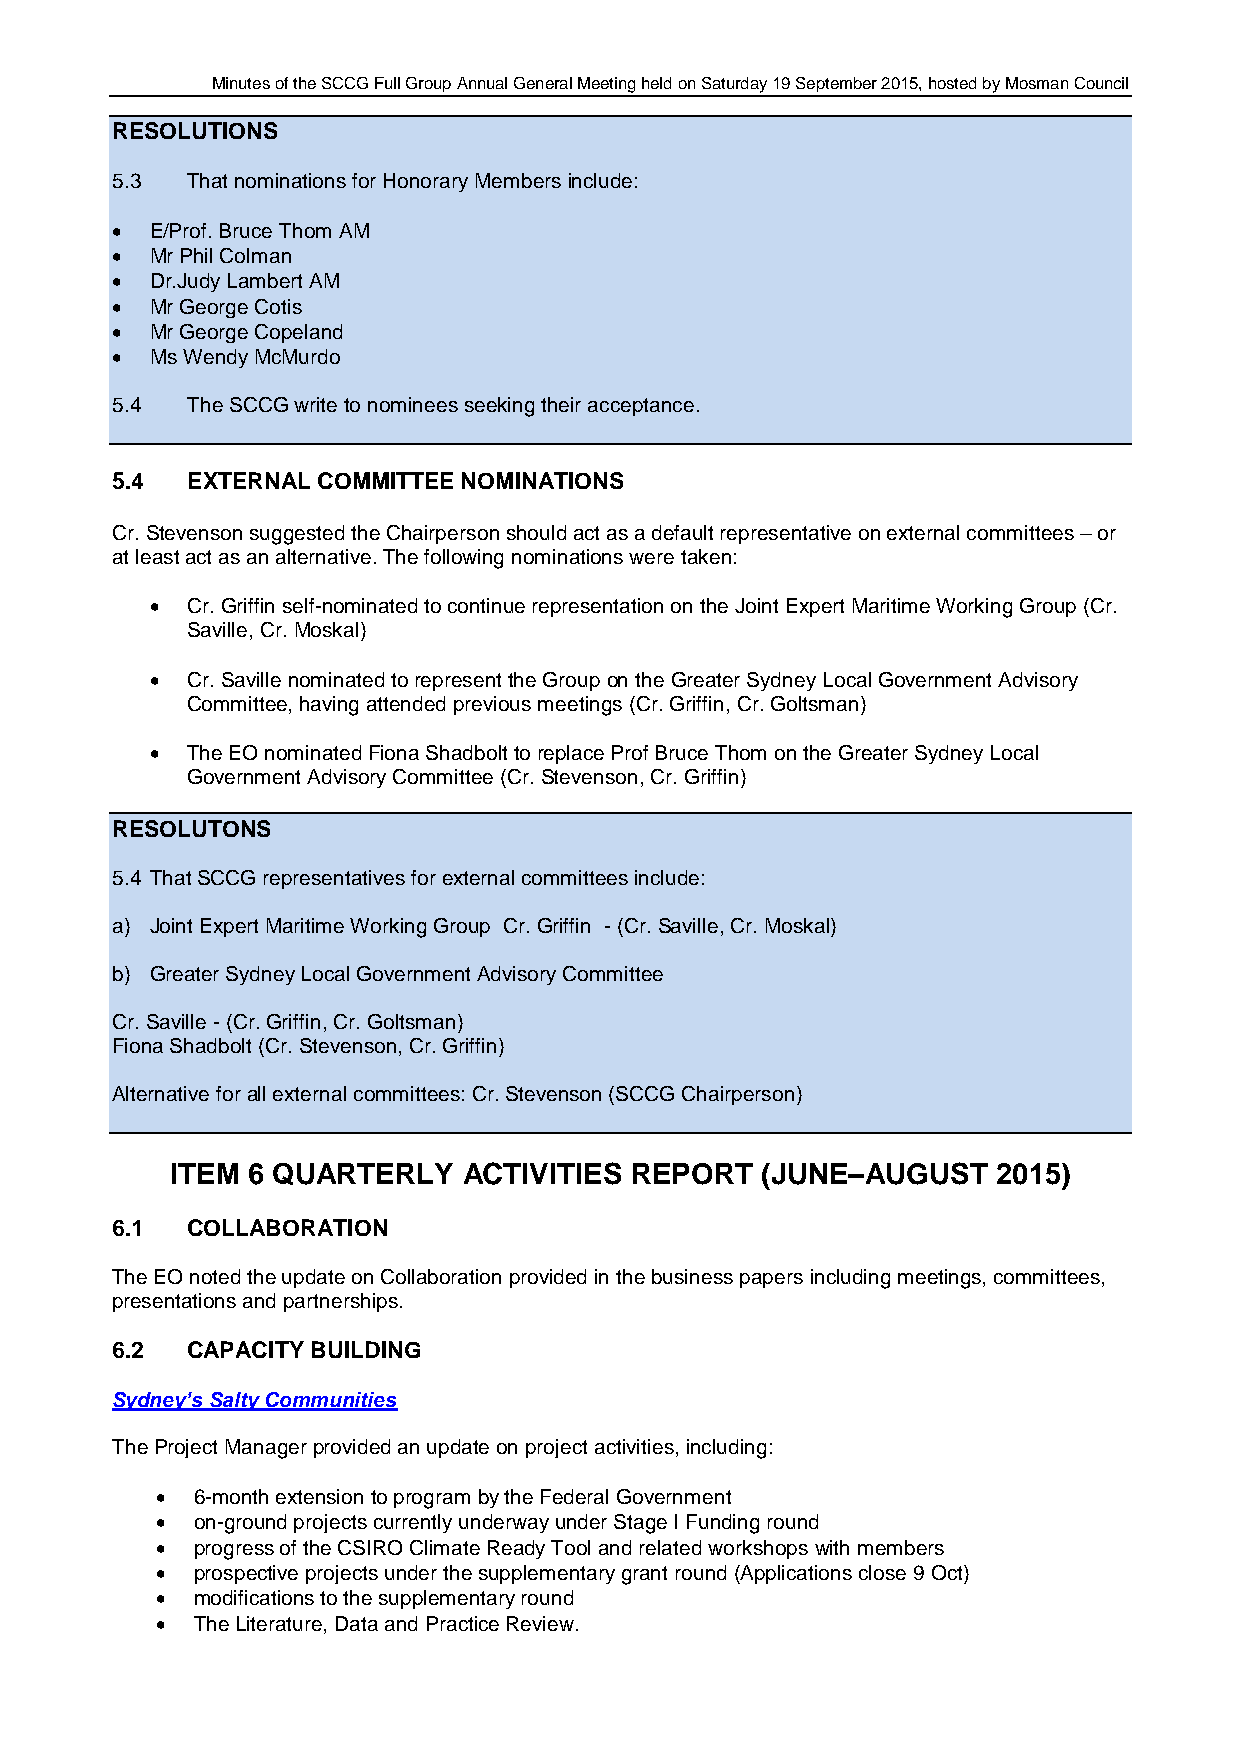
Minutes of the SCCG Full Group Annual General Meeting held on Saturday 19 September 2015, hosted by Mosman Council
 RESOLUTIONS
 5.3  That nominations for Honorary Members include:
   E/Prof. Bruce Thom AM
   Mr Phil Colman
   Dr.Judy Lambert AM
   Mr George Cotis
   Mr George Copeland
   Ms Wendy McMurdo
 5.4  The SCCG write to nominees seeking their acceptance.
 5.4  EXTERNAL COMMITTEE NOMINATIONS
 Cr. Stevenson suggested the Chairperson should act as a default representative on external committees – or
 at least act as an alternative. The following nominations were taken:
  Cr. Griffin self-nominated to continue representation on the Joint Expert Maritime Working Group (Cr.
 Saville, Cr. Moskal)
  Cr. Saville nominated to represent the Group on the Greater Sydney Local Government Advisory
 Committee, having attended previous meetings (Cr. Griffin, Cr. Goltsman)
  The EO nominated Fiona Shadbolt to replace Prof Bruce Thom on the Greater Sydney Local
 Government Advisory Committee (Cr. Stevenson, Cr. Griffin)
 RESOLUTONS
 5.4 That SCCG representatives for external committees include:
 a) Joint Expert Maritime Working Group Cr. Griffin - (Cr. Saville, Cr. Moskal)
 b) Greater Sydney Local Government Advisory Committee
 Cr. Saville - (Cr. Griffin, Cr. Goltsman)
 Fiona Shadbolt (Cr. Stevenson, Cr. Griffin)
 Alternative for all external committees: Cr. Stevenson (SCCG Chairperson)
 ITEM 6 QUARTERLY    ACTIVITIES REPORT  (JUNE–AUGUST    2015)
 6.1  COLLABORATION
 The EO noted the update on Collaboration provided in the business papers including meetings, committees,
 presentations and partnerships.
 6.2  CAPACITY BUILDING
 Sydney’s Salty Communities
 The Project Manager provided an update on project activities, including:
   6-month extension to program by the Federal Government
   on-ground projects currently underway under Stage I Funding round
   progress of the CSIRO Climate Ready Tool and related workshops with members
   prospective projects under the supplementary grant round (Applications close 9 Oct)
   modifications to the supplementary round
   The Literature, Data and Practice Review.